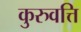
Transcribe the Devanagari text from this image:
कुरुवत्ति